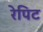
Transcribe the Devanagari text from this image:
रेपिट